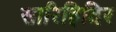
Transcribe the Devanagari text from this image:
सारिहिदिर